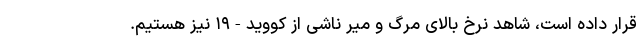
قرار داده است، شاهد نرخ بالای مرگ و میر ناشی از کووید-۱۹ نیز هستیم.